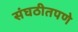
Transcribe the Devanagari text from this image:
संघठीतपणे